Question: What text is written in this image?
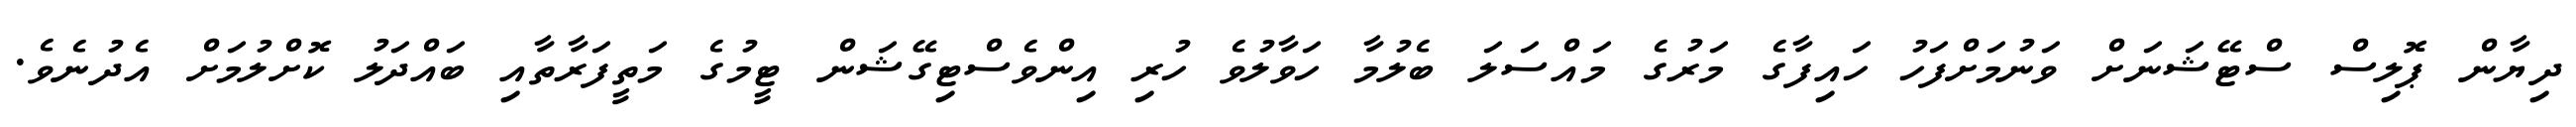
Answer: ދިޔާން ޕޮލިސް ސްޓޭޝަނަށް ވަނުމަށްފަހު ހައިފާގެ މަރުގެ މައްސަލަ ބެލުމާ ހަވާލުވެ ހުރި އިންވެސްޓިގޭޝަން ޓީމުގެ މަތީފަރާތާއި ބައްދަލު ކޮށްލުމަށް އެދުނެވެ.